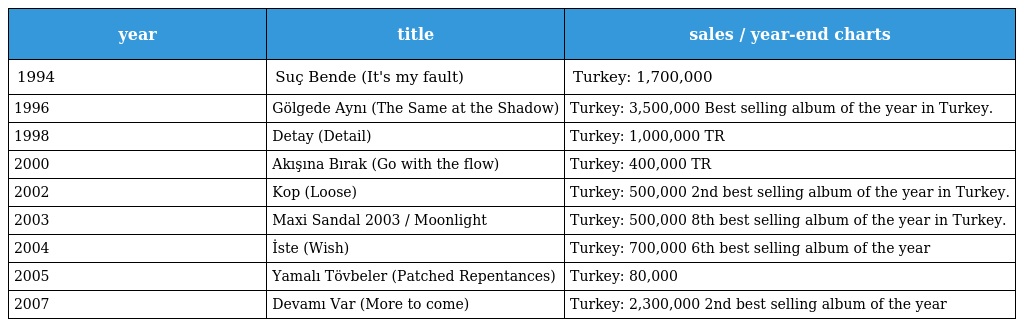
| year | title | sales / year-end charts |
 | --- | --- | --- |
 | 1994 | Suç Bende (It's my fault) | Turkey: 1,700,000 |
 | 1996 | Gölgede Aynı (The Same at the Shadow) | Turkey: 3,500,000 Best selling album of the year in Turkey. |
 | 1998 | Detay (Detail) | Turkey: 1,000,000 TR |
 | 2000 | Akışına Bırak (Go with the flow) | Turkey: 400,000 TR |
 | 2002 | Kop (Loose) | Turkey: 500,000 2nd best selling album of the year in Turkey. |
 | 2003 | Maxi Sandal 2003 / Moonlight | Turkey: 500,000 8th best selling album of the year in Turkey. |
 | 2004 | İste (Wish) | Turkey: 700,000 6th best selling album of the year |
 | 2005 | Yamalı Tövbeler (Patched Repentances) | Turkey: 80,000 |
 | 2007 | Devamı Var (More to come) | Turkey: 2,300,000 2nd best selling album of the year |